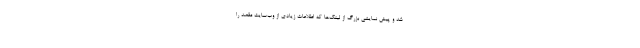
شد و پیش نمایشی بزرگ از لینک‌ها که اطلاعات زیادی از وب‌سایت مقصد را